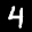
Label: 4